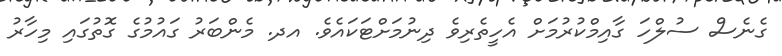
ގެނެސް ސުލްހަ ގާއިމްކުރުމަށް އެހީތެރިވެ ދިނުމަށްޓަކައެވެ. އދ. މެންބަރު ގައުމުގެ ގޮތުގައި މިހާރު